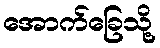
အောက်ခြေသို့